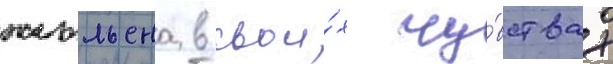
жюльена в свои́х чу́вствах